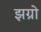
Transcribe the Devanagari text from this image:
झग्रो